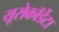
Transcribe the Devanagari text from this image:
यूरोकॉर्डेटा